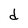
Character: d